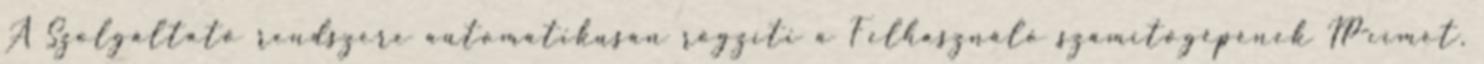
A Szolgáltató rendszere automatikusan rögzíti a Felhasználó számítógépének IP-címét,